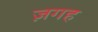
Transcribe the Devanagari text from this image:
ज़गह